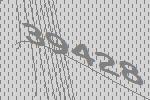
39428